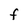
Character: F